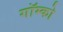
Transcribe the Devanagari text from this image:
गॉम्को